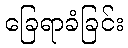
ခြေရာခံခြင်း